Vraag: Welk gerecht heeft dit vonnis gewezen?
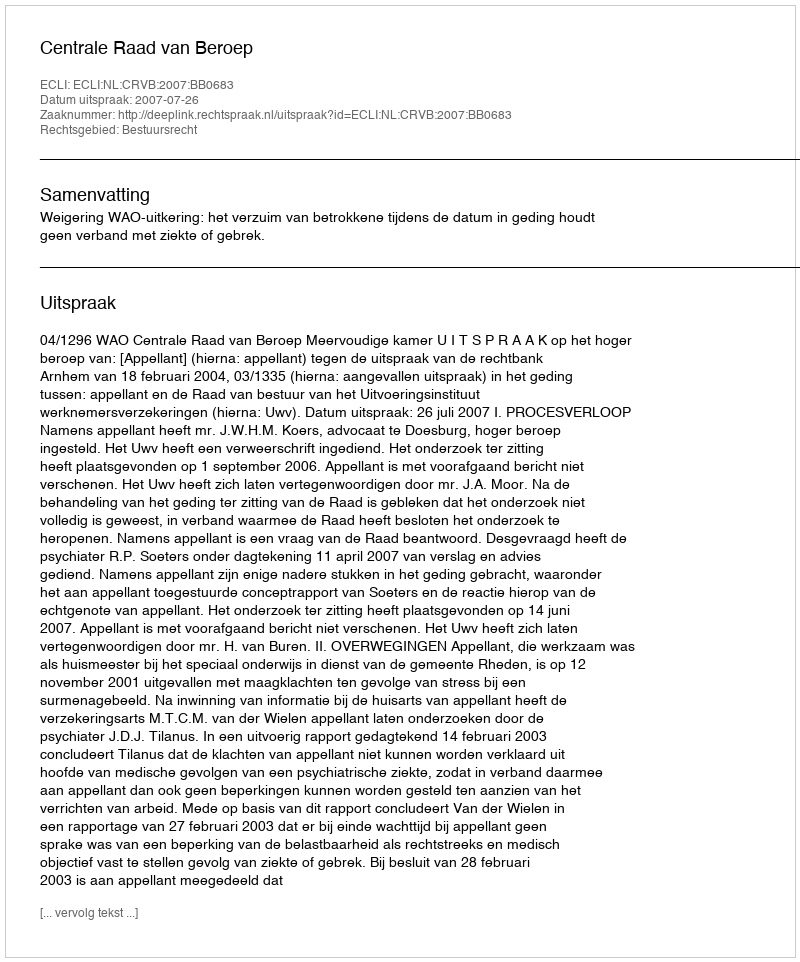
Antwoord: Centrale Raad van Beroep